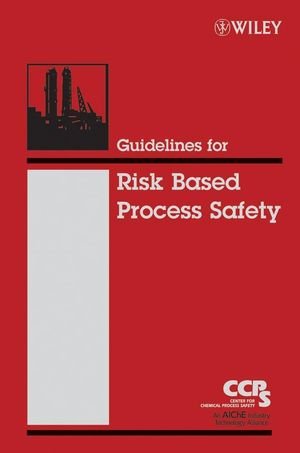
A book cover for Guidelines for Risk Based Process Safety; CCPS (Center for Chemical Process Safety); Engineering & Transportation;